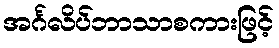
အင်္ဂလိပ်ဘာသာစကားဖြင့်